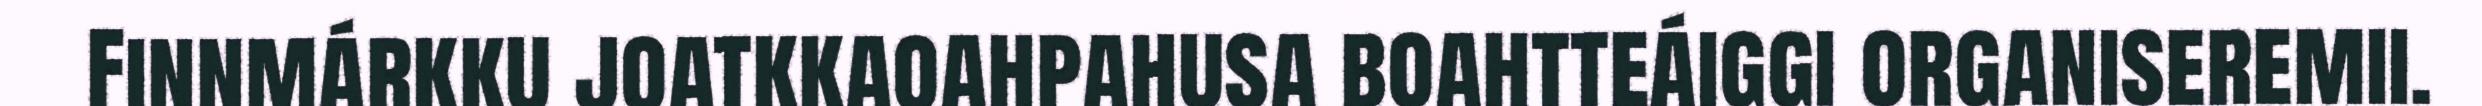
Finnmárkku joatkkaoahpahusa boahtteáiggi organiseremii.